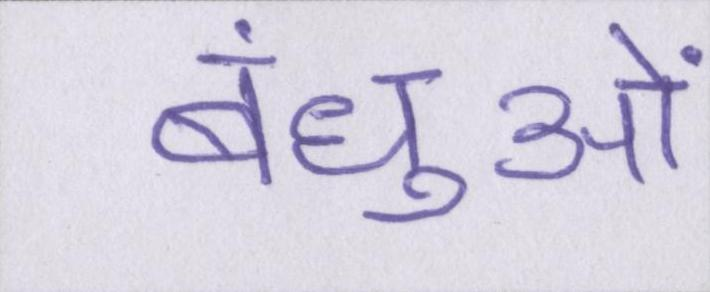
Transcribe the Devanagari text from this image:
बंधुओं